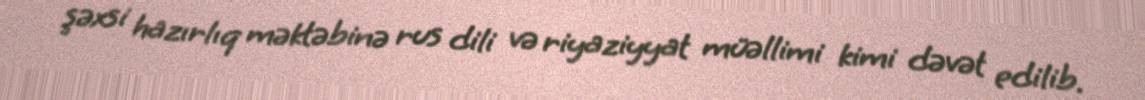
şəxsi hazırlıq məktəbinə rus dili və riyaziyyat müəllimi kimi dəvət edilib.